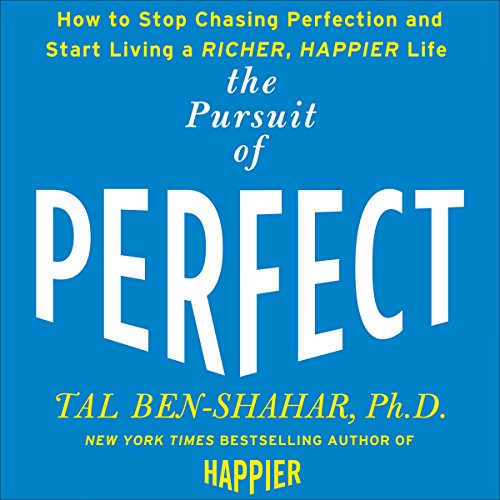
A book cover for Pursuit of Perfect: How to Stop Chasing and Start Living a Richer, Happier Life; Tal Ben-Shahar; Health, Fitness & Dieting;